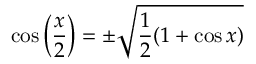
\cos \left( { \frac { x } { 2 } } \right) = \pm { \sqrt { { \frac { 1 } { 2 } } ( 1 + \cos x ) } }